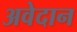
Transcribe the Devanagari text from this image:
अवेदान